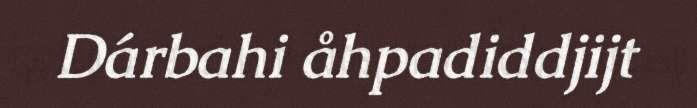
Dárbahi åhpadiddjijt